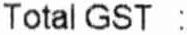
TOTAL GST :